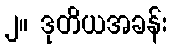
၂။ ဒုတိယအခန်း